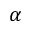
\alpha